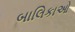
બાલિકાઓ